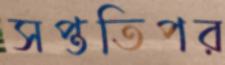
সপ্ততিপর